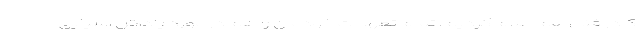
کادر فنی هم اعلام کردیم. تمام تعهدات خودمان را هم در مورد پاداش آسیایی